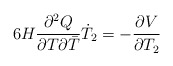
\begin{align*}6 H \frac{\partial^2 Q}{\partial T \partial {\bar{T}}}\dot{T}_2=-\frac{\partial V}{\partial T_2}\end{align*}